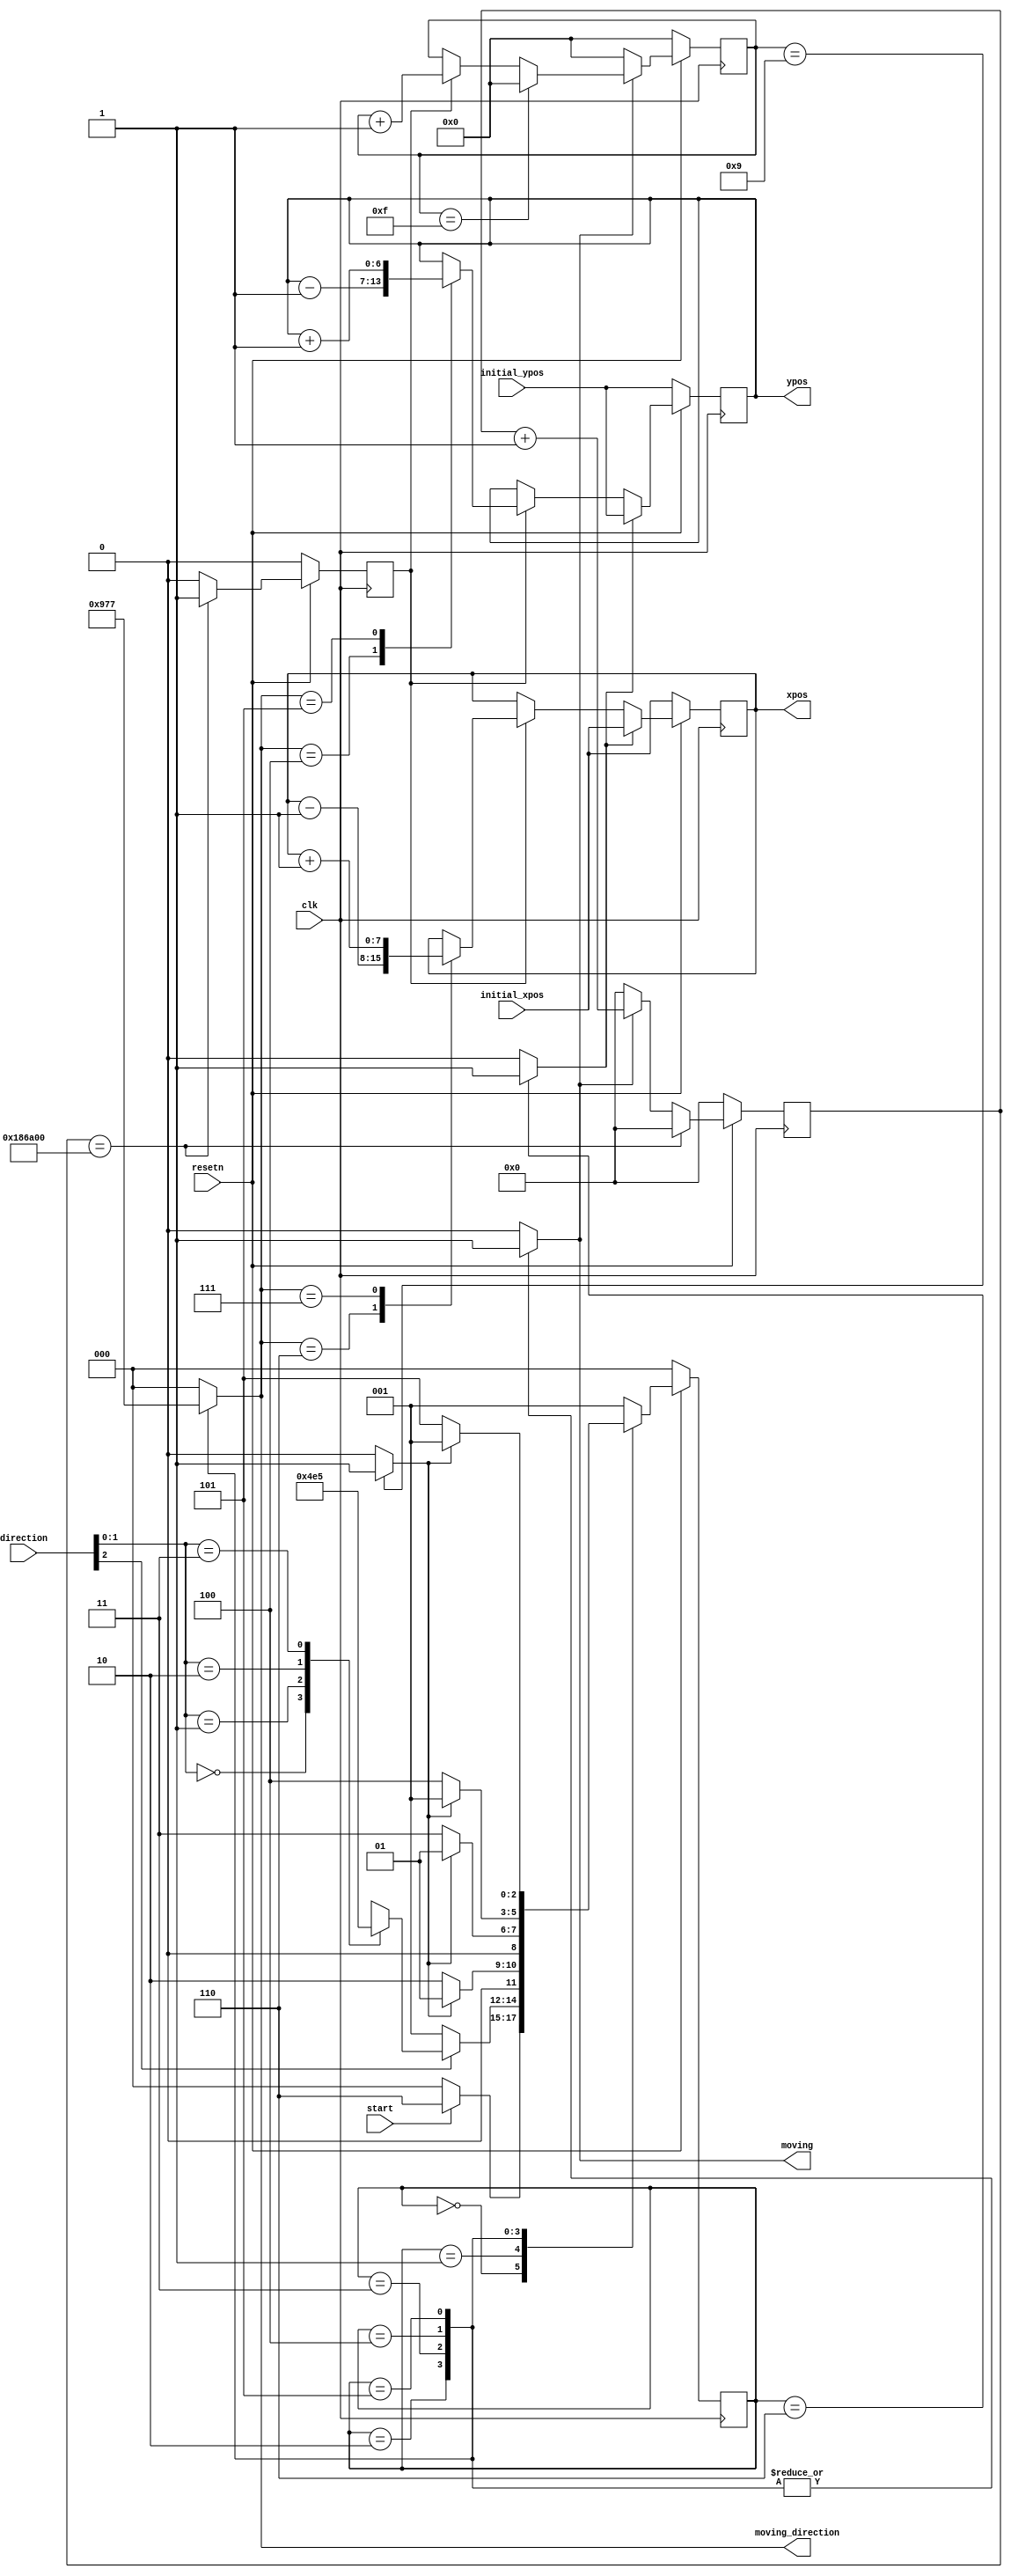
module tank(clk,resetn,initial_xpos,initial_ypos,direction,xpos,ypos,moving,start,moving_direction);
	input clk,resetn,start;
	input [7:0] initial_xpos;
	input [6:0] initial_ypos;
	input [2:0] direction;
	output reg [7:0] xpos;
	output reg [6:0] ypos;
	output reg moving;
	output reg [2:0] moving_direction;
	wire finish;
	reg [3:0] counter_output;
	reg counter_enable,init;
	reg [2:0] current_state,next_state;
	reg [20:0] dividerout;
	reg divider;
		
	always @(posedge clk)
		begin:ratedivider
			if(!resetn)begin
				dividerout <=  21'd0;
				divider <= 1'd0;
				end
			else if(dividerout == 21'b110000110101000000000)begin
				dividerout <= 21'd0;
				divider <= 1'd1;
				end
			else if(counter_enable == 1'd0)begin
				dividerout <= 21'd0;
				divider <= 1'd0;
				end
			else begin
				dividerout <= dividerout + 1'b1;
				divider <= 1'd0;
				end
		end
		
	always @(posedge clk)
		begin
			if(!resetn)begin // if reset, then move tanks back to their inital postions.
				xpos <= initial_xpos;
				ypos <= initial_ypos;
				end
			else if(init == 1'd1)begin // if in the initial state, tanks are in inital positions.
				xpos <= initial_xpos;
				ypos <= initial_ypos;
				end
			else if(divider == 1'd1)begin
				case(moving_direction)
					3'b100: begin // go up, so y--
						xpos <= xpos;
						ypos <= ypos-1'd1;
						end
					3'b101: begin // go up, so y++
						xpos <= xpos;
						ypos <= ypos+1'd1;
						end
					3'b110: begin // go up, so x--
						xpos <= xpos-1'd1;
						ypos <= ypos;
						end
					3'b111: begin // go up, so x++
						xpos <= xpos+1'd1;
						ypos <= ypos;
						end
				endcase
			end
			else begin // stay in the original place.
				xpos <= xpos;
				ypos <= ypos;
				end
		end

	always @(posedge clk)
		begin: counter
			if(!resetn)
				counter_output <= 4'd0;
			else if(counter_enable == 4'd0)
				counter_output <= 4'd0;
			else if(counter_output == 4'b1111)
				counter_output <= 4'd0;
			else if(divider == 1'd1)
				counter_output <= counter_output + 1'b1;
			else
				counter_output <= counter_output;
		end

	assign finish = (counter_output == 4'd9) ? 1'b1 : 1'b0; // a tank finishes moving when it had moved 9 pixels.

	localparam      
					WAIT    = 3'd0,
					INITIAL = 3'd6,
					STATIC  = 3'd1,
					UP      = 3'd2,
					DOWN    = 3'd3,
					LEFT    = 3'd4,
					RIGHT   = 3'd5;
					
		
		always@(*)
		begin: state_table 
				case (current_state)
					WAIT: next_state = start ? INITIAL : WAIT;
					INITIAL: next_state = STATIC;
					STATIC: begin
						if(direction[2] == 1'd0) // this part is almost the same as the bullet.v module
									next_state = STATIC;
								else begin
									case(direction[1:0])
										2'd0: next_state = UP;
										2'd1: next_state = DOWN;
										2'd2: next_state = LEFT;
										2'd3: next_state = RIGHT;
									endcase
								end
							end
					UP: next_state = finish ? STATIC : UP;
					DOWN: next_state = finish ? STATIC : DOWN;
					LEFT: next_state = finish ? STATIC : LEFT;
					RIGHT: next_state = finish ? STATIC : RIGHT;
					default: next_state = STATIC;
				endcase
		end
												 
		// current_state registers
		always@(posedge clk)
		begin: state_FFs
			if(!resetn)
				current_state <= WAIT;
			else
				current_state <= next_state;
		end // state_FFS
		
		always @(*)
		begin: output_logic
			counter_enable = 1'b0;
			init = 1'b0;
			moving = 1'b0;
			moving_direction = 3'd0;
			case (current_state)
				INITIAL: begin
					init = 1'b1;
					moving = 1'b0;
					end
				UP: begin
					counter_enable = 1'b1;
					moving = 1'b1;
					moving_direction = 3'b100;
					end
				DOWN: begin
					counter_enable = 1'b1;
					moving = 1'b1;
					moving_direction = 3'b101;
					end
				LEFT: begin
					counter_enable = 1'b1;
					moving = 1'b1;
					moving_direction = 3'b110;
					end
				RIGHT: begin
					counter_enable = 1'b1;
					moving = 1'b1;
					moving_direction = 3'b111;
					end
			endcase
		end
endmodule